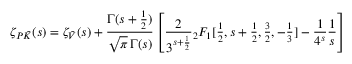
{ \zeta _ { P \bar { \cal K } } } ( s ) = \zeta _ { \bar { \cal V } } ( s ) + \frac { \Gamma ( s + \frac { 1 } { 2 } ) } { \sqrt { \pi } \, \Gamma ( s ) } \left[ \frac { 2 } { 3 ^ { s + \frac { 1 } { 2 } } } { } _ { 2 } F _ { 1 } [ { \textstyle \frac { 1 } { 2 } } , { s + \textstyle \frac { 1 } { 2 } } , { \textstyle \frac { 3 } { 2 } } , - { \textstyle \frac { 1 } { 3 } } ] - \frac { 1 } { 4 ^ { s } } \frac { 1 } { s } \right]